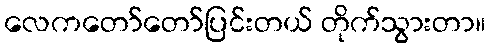
လေကတော်တော်ပြင်းတယ် တိုက်သွားတာ။